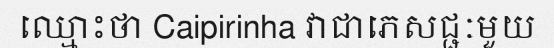
ឈ្មោះថា Caipirinha វាជាភេសជ្ជៈមួយ